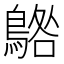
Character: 𱈰